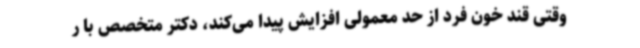
وقتی قند خون فرد از حد معمولی افزایش پیدا می‌کند، دکتر متخصص با ر